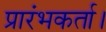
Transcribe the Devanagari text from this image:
प्रारंभकर्ता।